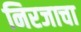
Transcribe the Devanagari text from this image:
निरजाचा